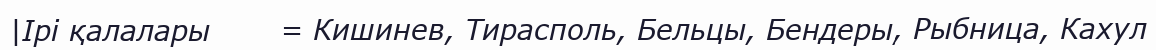
|Ірі қалалары       = Кишинев, Тирасполь, Бельцы, Бендеры, Рыбница, Кахул